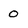
Character: O